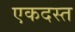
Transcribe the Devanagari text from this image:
एकदस्त